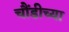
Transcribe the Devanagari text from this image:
चौंडीच्या